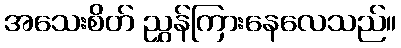
အသေးစိတ် ညွှန်ကြားနေလေသည်။